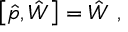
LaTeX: \left[ \hat { p } , \hat { W } \right] = \hat { W } \ ,